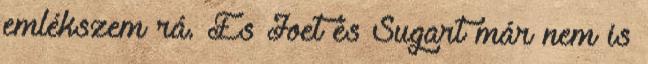
emlékszem rá. És Joet és Sugart már nem is